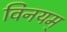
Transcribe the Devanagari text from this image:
विनयम्